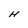
Character: H